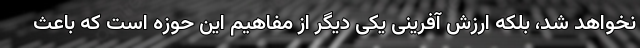
نخواهد شد، بلکه ارزش آفرینی یکی دیگر از مفاهیم این حوزه است که باعث